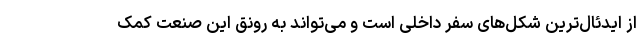
از ایدئال‌ترین شکل‌های سفر داخلی است و می‌تواند به رونق این صنعت کمک